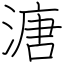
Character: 溏